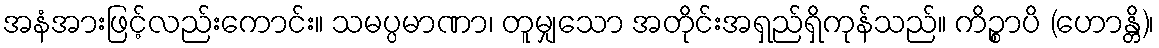
အနံအားဖြင့်လည်းကောင်း။ သမပ္ပမာဏာ၊ တူမျှသော အတိုင်းအရှည်ရှိကုန်သည်။ ကိဉ္စာပိ (ဟောန္တိ)၊